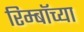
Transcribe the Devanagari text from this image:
रिम्बॉच्या